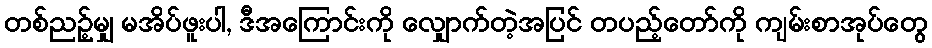
တစ်ညဉ့်မျှ မအိပ်ဖူးပါ, ဒီအကြောင်းကို လျှောက်တဲ့အပြင် တပည့်တော်ကို ကျမ်းစာအုပ်တွေ